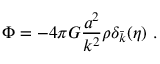
\Phi = - 4 \pi G \frac { a ^ { 2 } } { k ^ { 2 } } \rho \delta _ { \bar { k } } ( \eta ) ~ .